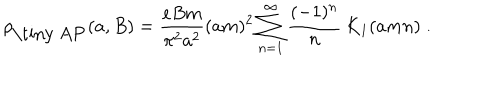
\rho _ { \mathrm { \tiny ~ A P } } ( a , B ) = { \frac { e B m } { \pi ^ { 2 } a ^ { 2 } } } ( a m ) ^ { 2 } \sum _ { n = 1 } ^ { \infty } { \frac { ( - 1 ) ^ { n } } { n } } \, K _ { 1 } ( a m n ) \; .